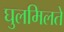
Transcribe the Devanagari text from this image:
घुलमिलते